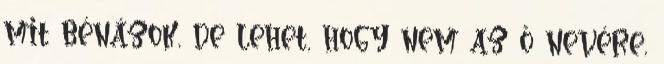
mit bénázok, de lehet, hogy nem az ő nevére,